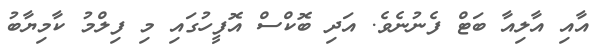
އާއި އާލިއާ ބަޓް ފެނުނެވެ. އަދި ބޮކްސް އޮފީހުގަައި މި ފިލްމު ކާމިޔާބު